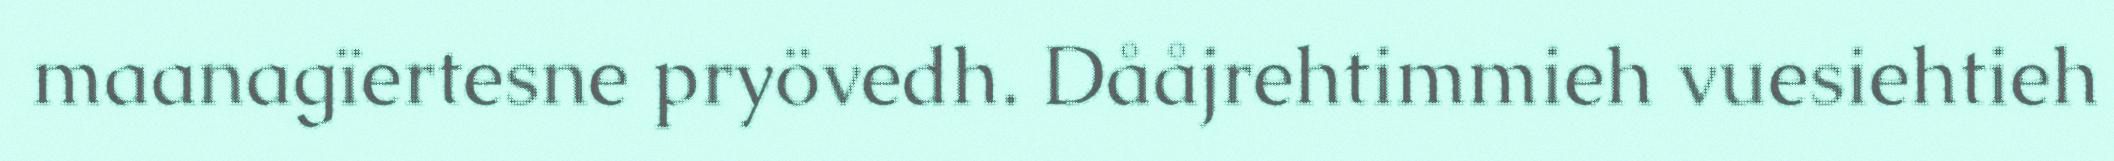
maanagïertesne pryövedh. Dååjrehtimmieh vuesiehtieh